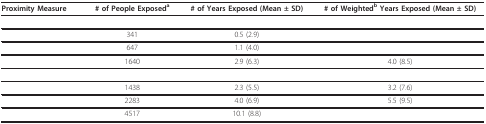
<table><thead><tr><td><b>Proximity Measure</b></td><td><b># of People Exposed<sup>a</sup></b></td><td><b># of Years Exposed (Mean ± SD)</b></td><td><b># of Weighted<sup>b </sup>Years Exposed (Mean ± SD)</b></td></tr></thead><tbody><tr><td>[EMPTY_CELL]</td><td>[EMPTY_CELL]</td><td>[EMPTY_CELL]</td><td>[EMPTY_CELL]</td></tr><tr><td>[EMPTY_CELL]</td><td>341</td><td>0.5 (2.9)</td><td>[EMPTY_CELL]</td></tr><tr><td>[EMPTY_CELL]</td><td>647</td><td>1.1 (4.0)</td><td>[EMPTY_CELL]</td></tr><tr><td>[EMPTY_CELL]</td><td>1640</td><td>2.9 (6.3)</td><td>4.0 (8.5)</td></tr><tr><td>[EMPTY_CELL]</td><td>[EMPTY_CELL]</td><td>[EMPTY_CELL]</td><td>[EMPTY_CELL]</td></tr><tr><td>[EMPTY_CELL]</td><td>1438</td><td>2.3 (5.5)</td><td>3.2 (7.6)</td></tr><tr><td>[EMPTY_CELL]</td><td>2283</td><td>4.0 (6.9)</td><td>5.5 (9.5)</td></tr><tr><td>[EMPTY_CELL]</td><td>4517</td><td>10.1 (8.8)</td><td>[EMPTY_CELL]</td></tr></tbody></table>